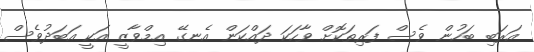
އަރަބި ބަހުން ވެސް ފަރިތަކޮށް ވާހަކަ ދައްކަން އެނގޭ އިމްވާޒީ އަކީ އަބަދުވެސް